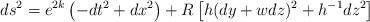
LaTeX: \begin{align*}ds^2 =e^{2k} \left( -dt^2 + dx^2 \right) +R \left[ h (dy + w dz)^2 +h^{-1} dz^2 \right]\end{align*}